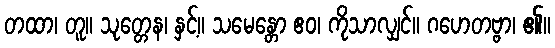
တထာ၊ တူ။ သုတ္တေန၊ နှင့်။ သမေန္တော ဧဝ၊ ကိုသာလျှင်။ ဂဟေတဗ္ဗာ၊ ၏။